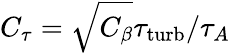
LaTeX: C_{\tau}=\sqrt{C_{\beta}}{\tau_{\mathrm{turb}}}/{\tau_{A}}